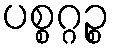
ပစ္စဂ္ဂဉ္စ